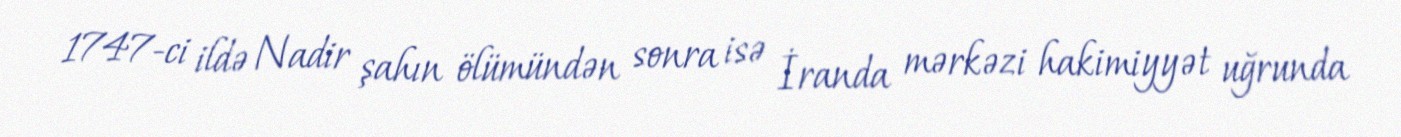
1747-ci ildə Nadir şahın ölümündən sonra isə İranda mərkəzi hakimiyyət uğrunda